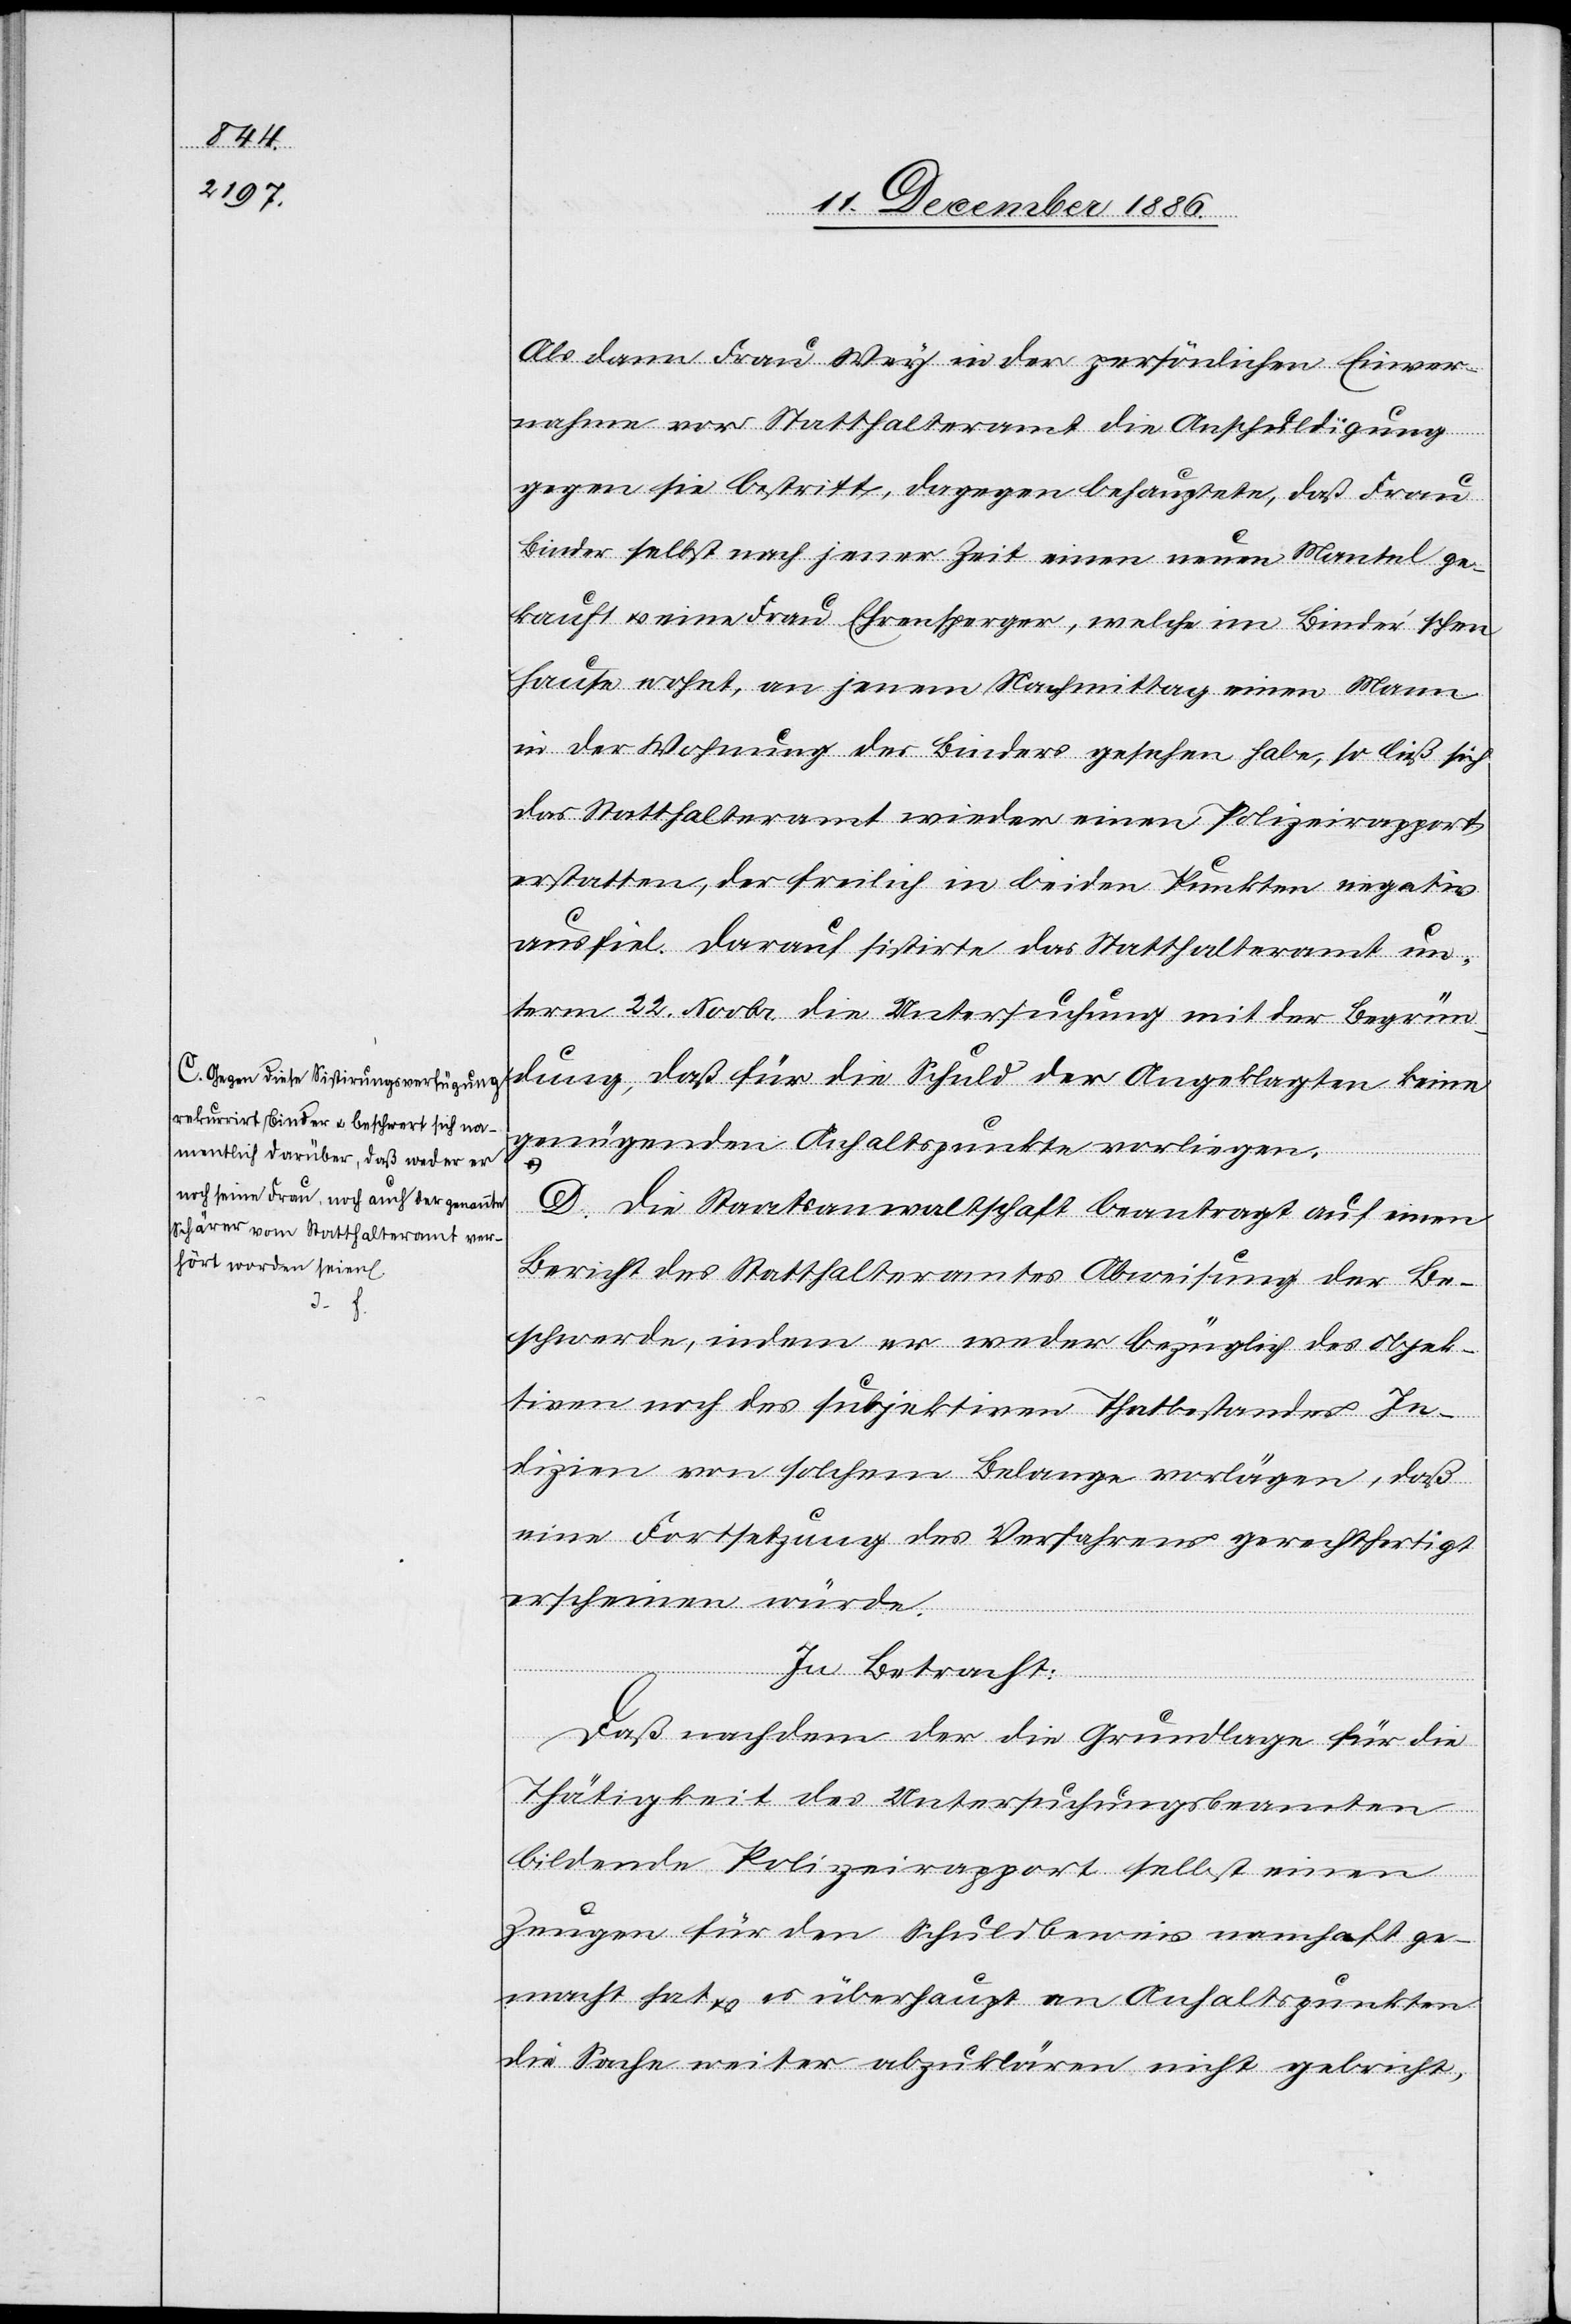
a-C. Gegen diese Sistirungsverfügung
rekurrirt Binder & beschwert sich na¬
mentlich darüber, daß weder er
noch seine Frau, noch auch der genannte
Schärer vom Statthalteramt ver¬
hört worden seien.
s.

Als dann Frau Wey in der persönlichen Einver¬
nahme vor Statthalteramt die Anschuldigung
gegen sie bestritt, dagegen behauptete, daß Frau
Binder selbst nach jener Zeit einen neuen Mantel ge¬
kauft & eine Frau Ehrensperger, welche im Binder’schen
Hause wohnt, an jenem Nachmittag einen Mann
in der Wohnung des Binders gesehen habe, so ließ sich
das Statthalteramt wieder einen Polizeirapport
erstatten, der freilich in beiden Punkten negativ
ausfiel. Darauf sistirte das Statthalteramt un¬
term 22. Novbr. die Untersuchung mit der Begrün¬
dung, daß für die Schuld der Angeklagten keine
genügenden Anhaltspunkte vorliegen.
D. Die Staatsanwaltschaft beantragt auf einen
Bericht des Statthalteramtes Abweisung der Be¬
schwerde, indem er weder bezüglich des objek¬
tiven noch des subjektiven Thatbestandes In¬
dizien von solchem Belange vorlägen [sic!], daß
eine Fortsetzung des Verfahrens gerechtfertigt
erscheinen würde.
In Betracht:
Daß nachdem der die Grundlage für die
Thätigkeit des Untersuchungsbeamten
bildende Polizeirapport selbst einen
Zeugen für den Schuldbeweis namhaft ge¬
macht hat & es überhaupt an Anhaltspunkten
die Sache weiter abzuklären nicht gebricht,